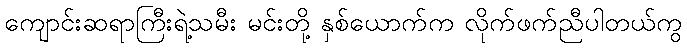
ကျောင်းဆရာကြီးရဲ့သမီး မင်းတို့ နှစ်ယောက်က လိုက်ဖက်ညီပါတယ်ကွ